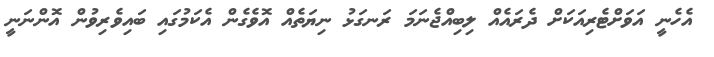
އެހެނީ އަވަށްޓެރިއަކަށް ދެރައެއް ލިބިއްޖެނަމަ ރަނގަޅު ނިޔަތެއް އޮވެގެން އެކަމުގައި ބައިވެރިވުން އޮންނަނީ